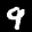
Label: 9